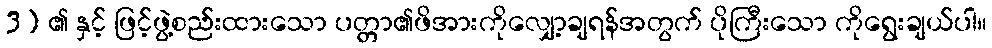
3) ၏ နှင့် ဖြင့်ဖွဲ့စည်းထားသော ပတ္တာ၏ဖိအားကိုလျှော့ချရန်အတွက် ပိုကြီးသော ကိုရွေးချယ်ပါ။